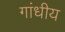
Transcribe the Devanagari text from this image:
गांधीय